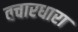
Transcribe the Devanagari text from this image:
वचारधारा